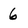
Character: 6